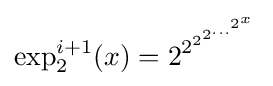
\exp _{2}^{i+1}(x)=2^{2^{2^{2^{\dots ^{2^{x}}}}}}